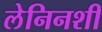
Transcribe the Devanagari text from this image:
लेनिनशी